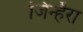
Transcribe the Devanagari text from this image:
जिन्हैरा